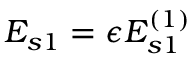
E _ { s 1 } = \epsilon E _ { s 1 } ^ { ( 1 ) }